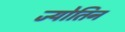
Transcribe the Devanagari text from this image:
ज्योतिन